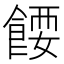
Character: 𩜝